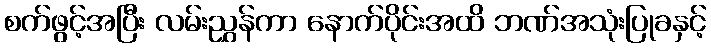
စက်ဖွင့်အပြီး လမ်းညွှန်ကာ နောက်ပိုင်းအထိ ဘဏ်အသုံးပြုခနှင့်